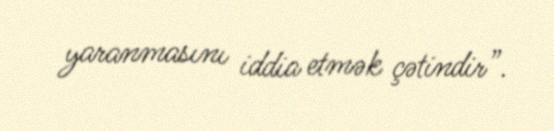
yaranmasını iddia etmək çətindir”.